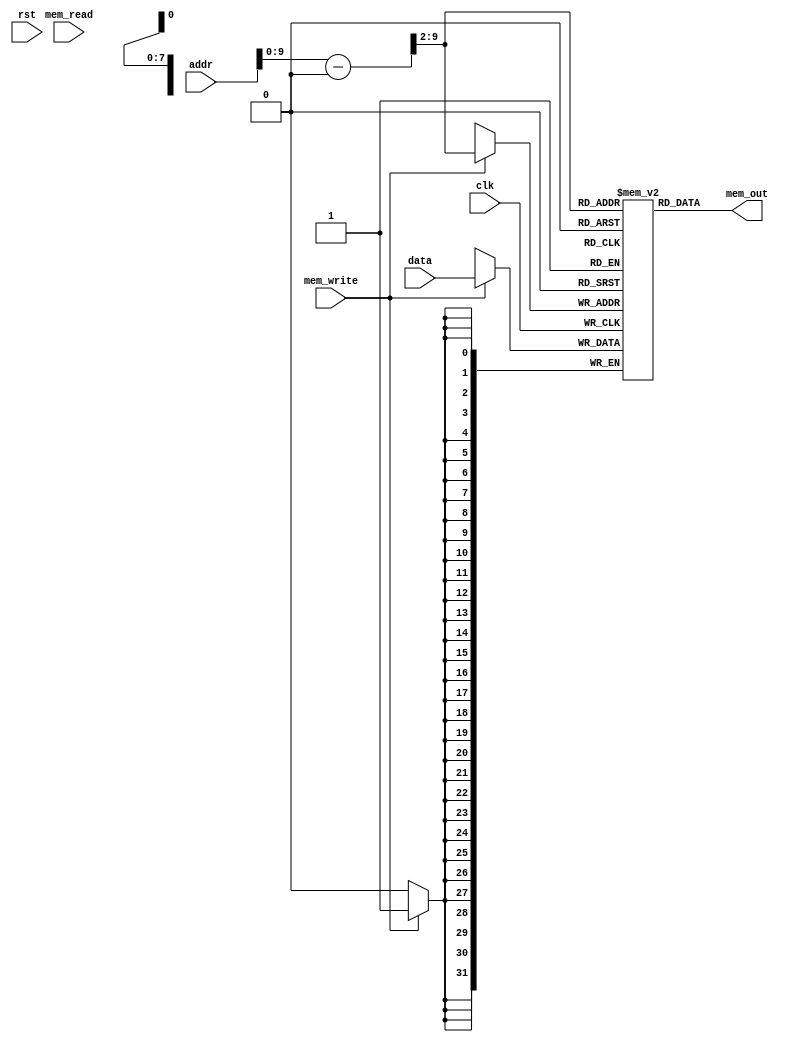
module Memory #(
    parameter depth = 256,
    parameter lengt = 4*8
)
(
    input wire clk,
    input wire rst,
    input wire mem_read,
    input wire mem_write,
    input wire [31:0] addr,
    input wire [31:0] data,
    output [31:0] mem_out
);
    reg [lengt - 1 : 0] mem [0 : depth - 1];
    wire [31:0] addr_per_4;
    assign addr_per_4 =  (addr - 1024) >> 2;
    assign mem_out = mem[addr_per_4];
    always @(negedge clk) begin
        if (mem_write) begin
            mem[addr_per_4] = data;
        end
    end
endmodule